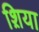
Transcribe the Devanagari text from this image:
श़िया